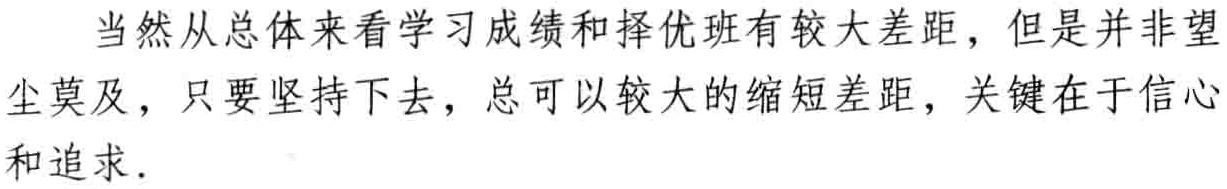
当然从总体来看学习成绩和择优班有较大差距，但是并非望尘莫及，只要坚持下去，总可以较大的缩短差距，关键在于信心和追求.